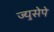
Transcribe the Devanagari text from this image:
ज्युसेपे